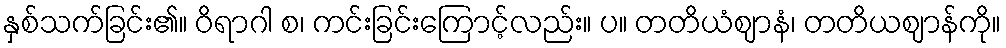
နှစ်သက်ခြင်း၏။ ဝိရာဂါ စ၊ ကင်းခြင်းကြောင့်လည်း။ ပ။ တတိယံဈာနံ၊ တတိယဈာန်ကို။